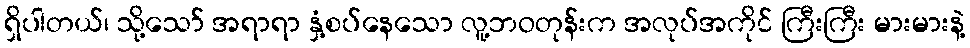
ရှိပါတယ်၊ သို့သော် အရာရာ နှံ့စပ်နေသော လူ့ဘဝတုန်းက အလုပ်အကိုင် ကြီးကြီး မားမားနဲ့